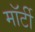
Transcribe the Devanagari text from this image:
मॉर्टी